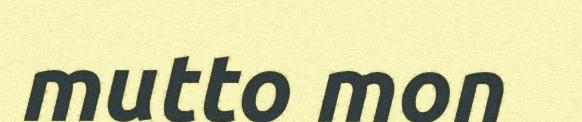
mutto mon